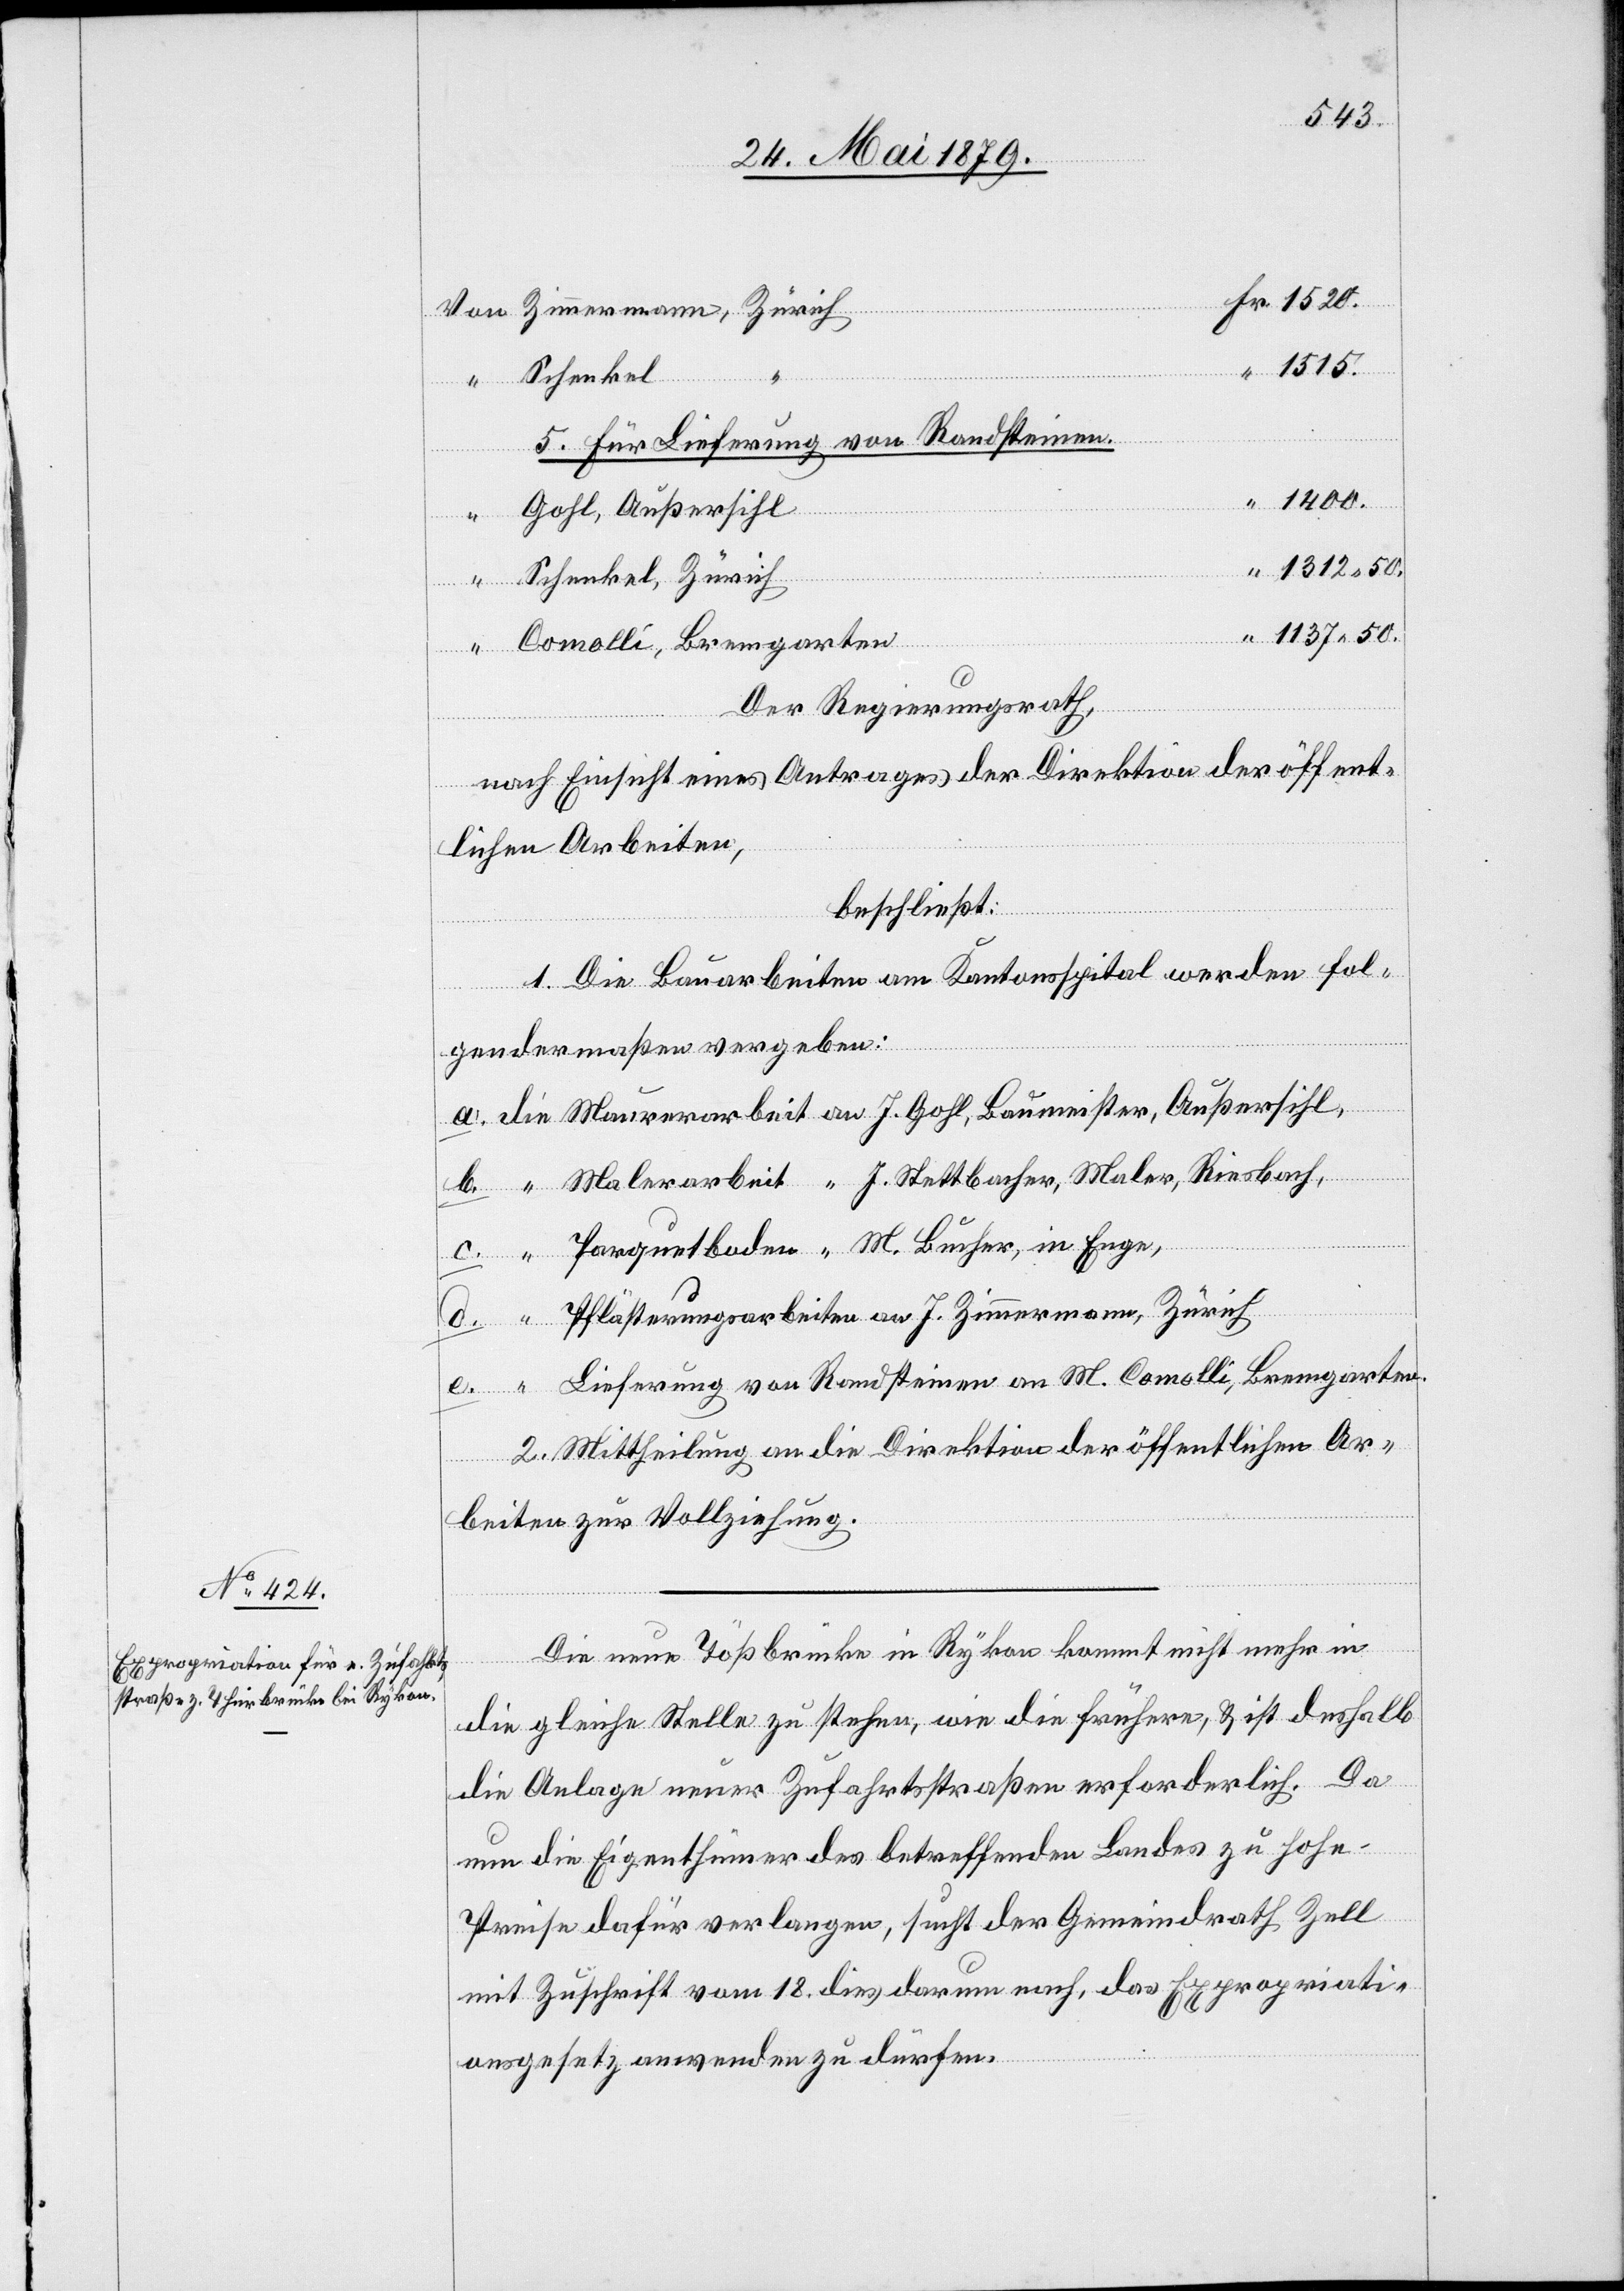
1520.
1515.
Schenkel
Zimmermann,
5. Für Lieferung von Randsteinen.
1400.
Gohl, Außersihl
“
Schenkel, Zürich
Comolli, Bremgarten
“
Der Regierungsrath,
nach Einsicht eines Antrages der Direktion der öffent¬
lichen Arbeiten,
beschließt:
1. Die Bauarbeiten am Kantonsspital werden fol¬
gendermaßen vergeben:
a. die Maurerarbeit an J. Gohl, Baumeister, Außersihl,
b. “ Malerarbeit “ J. Stettbacher, Maler, Riesbach,
Parquetboden “ M. Bucher, in Enge,
Pflästerungsarbeiten an J. Zimmermann, Zürich
e.
Lieferung von Randsteinen an M. Comolli, Bremgarten.
2. Mittheilung an die Direktion der öffentlichen Ar¬
beiten zur Vollziehung.
Die neue Tößbrücke in Rykon kommt nicht mehr in
die gleiche Stelle zu stehen, wie die frühere, & ist deshalb
die Anlage neuer Zufahrtsstraßen erforderlich. Da
d.
nun die Eigenthümer des betreffenden Landes zu hohe
Preise dafür verlangen, sucht der Gemeindrath Zell
mit Zuschrift vom 18. dies darum nach, das Expropriati¬
onsgesetz anwenden zu dürfen.